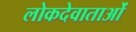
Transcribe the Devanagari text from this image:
लोकदेवाताओं